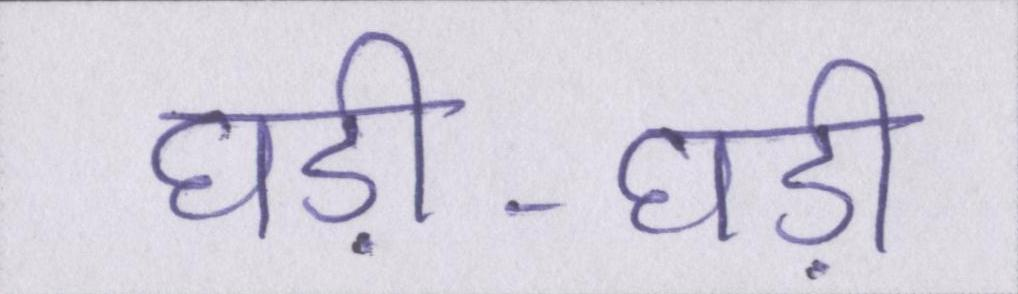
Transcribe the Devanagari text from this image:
घड़ी-घड़ी